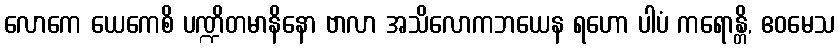
လောကေ ယေကေစိ ပဏ္ဍိတမာနိနော ဗာလာ အသိလောကဘယေန ရဟော ပါပံ ကရောန္တိ, ဧဝမေသ